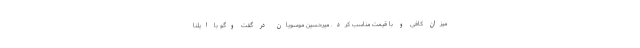
میزان کافی و با قیمت مناسب کرد. میرحسین موسویان در گفت وگو با ایلنا